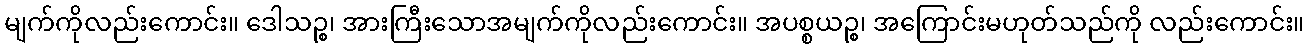
မျက်ကိုလည်းကောင်း။ ဒေါသဉ္စ၊ အားကြီးသောအမျက်ကိုလည်းကောင်း။ အပစ္စယဉ္စ၊ အကြောင်းမဟုတ်သည်ကို လည်းကောင်း။